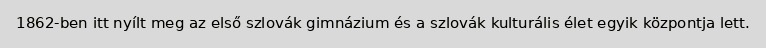
1862-ben itt nyílt meg az első szlovák gimnázium és a szlovák kulturális élet egyik központja lett.